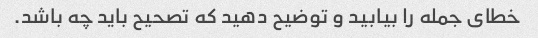
خطای جمله را بیابید و توضیح دهید که تصحیح باید چه باشد.